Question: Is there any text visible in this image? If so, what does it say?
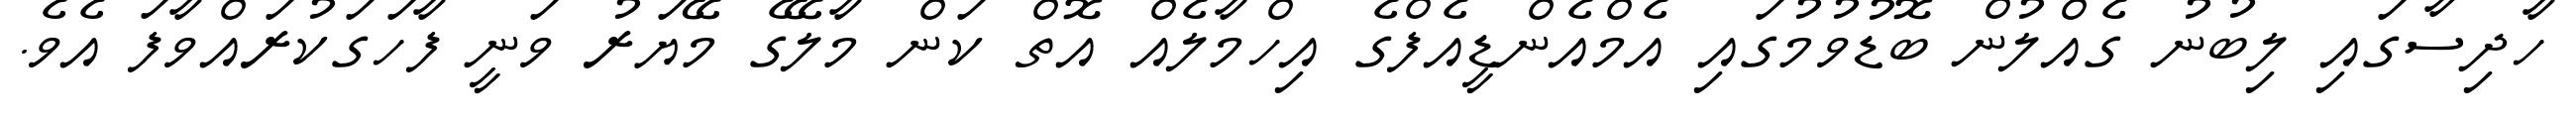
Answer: ހާދިސާގައި ލިބުނު ގެއްލުން ބޮޑުވުމުގައި އެމްއެންޑީއެފްގެ އިހްމާލެއް އޮތް ކަން މާލޭގެ މޭޔަރު ވަނީ ފާހަގަކުރައްވާފަ އެވެ.